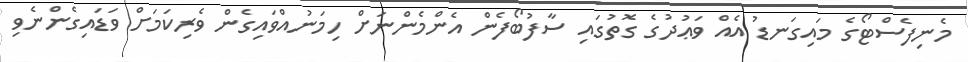
މެނިފެސްޓޯގެ މައިގަނޑު އެއް ވަޢުދުގެ ގޮތުގައި ސާފުބޯފެން އެންމެންނަށް ހިމަނުއްވައިގެން ވެރިކަމަށް ވަޑައިގެންނެވި